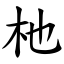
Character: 杝